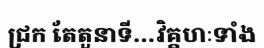
ជ្រក តែតួនាទី...វិគ្គហៈទាំង